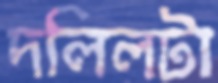
দলিলটা